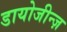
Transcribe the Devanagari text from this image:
डायोजीन्ज़